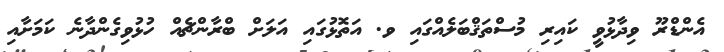
އެންޑްރޫ ވިދާޅުވީ ކައިރި މުސްތަޤްބަލެއްގައި ވ. އަތޮޅުގައި އަލަށް ބްރާންޗެއް ހުޅުވިގެންދާނެ ކަަމަށާއި